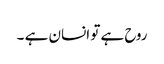
روح ہے تو انسان ہے ۔